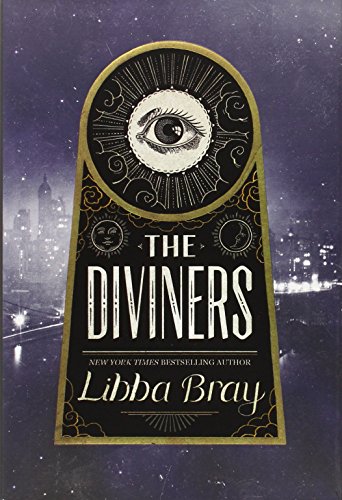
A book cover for The Diviners; Libba Bray; Teen & Young Adult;